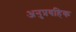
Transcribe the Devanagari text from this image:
अनुप्रवहिक